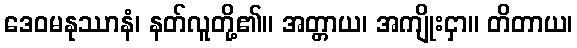
ဒေဝမနုဿာနံ၊ နတ်လူတို့၏။ အတ္တာယ၊ အကျိုးငှာ။ တိတာယ၊